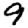
Digit: 9